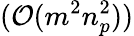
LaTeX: (\mathcal{O}(m^{2}n_{p}^{2}))